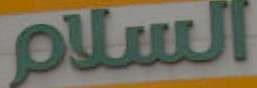
السلام